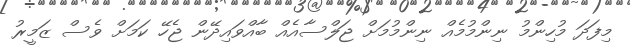
މިފަދަ މުހިންމު ނިންމުމެއް ނިންމުމަށް ޖަލްސާއެއް ބާއްވައިދޭން ޖެހޭ ކަމަށް ވެސް ޒަމީރު